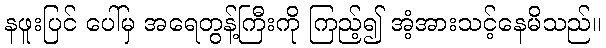
နဖူးပြင် ပေါ်မှ အရေတွန့်ကြီးကို ကြည့်၍ အံ့အားသင့်နေမိသည်။